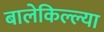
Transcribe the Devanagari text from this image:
बालेकिल्ल्या